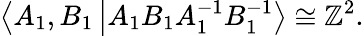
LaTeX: \left\langle A_{1},B_{1}\left|A_{1}B_{1}A_{1}^{-1}B_{1}^{-1}\right.\right\rangle\cong\mathbb{Z}^{2}.